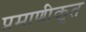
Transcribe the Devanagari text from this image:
प्रमाणीकृत